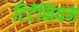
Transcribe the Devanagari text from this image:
टिटॅनियम